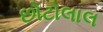
છોટોલાલ